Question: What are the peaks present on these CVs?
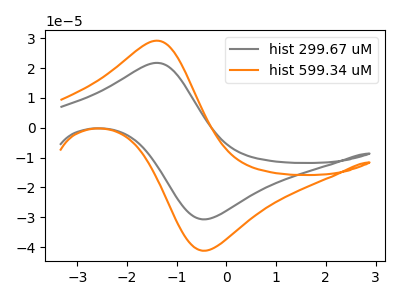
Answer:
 <answer>The gray curve "hist 299.67 uM" has an anodic peak at (-1.40V, 21.70uA) and a cathodic peak at (-0.40V, -30.65uA). The orange curve "hist 599.34 uM" has an anodic peak at (-1.40V, 29.15uA) and a cathodic peak at (-0.40V, -41.15uA).</answer>
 <eval></eval>